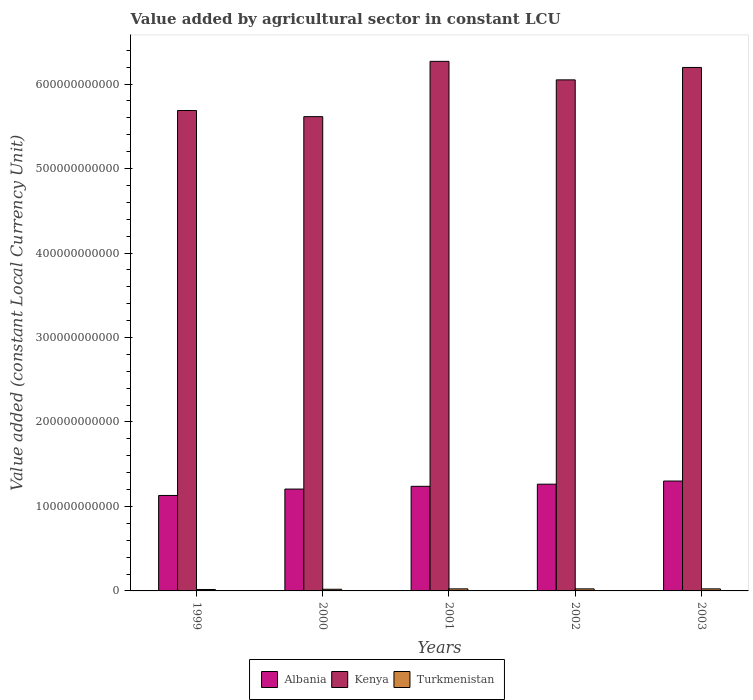
| Years | Albania | Kenya | Turkmenistan |
 | --- | --- | --- | --- |
 | 1999 | 1.13e+11 | 5.69e+11 | 1.69e+09 |
 | 2000 | 1.21e+11 | 5.61e+11 | 1.98e+09 |
 | 2001 | 1.24e+11 | 6.27e+11 | 2.43e+09 |
 | 2002 | 1.26e+11 | 6.05e+11 | 2.43e+09 |
 | 2003 | 1.3e+11 | 6.2e+11 | 2.43e+09 |